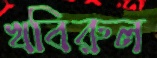
খবিরুল